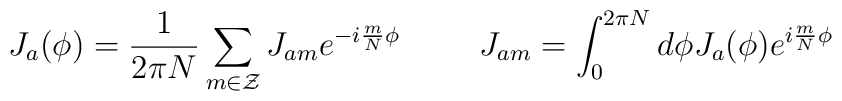
J_a(\phi)=\frac{1}{2\pi N}\sum_{m\in \cal{Z}}J_{am}e^{-i\frac{m}{N}\phi}\hspace{10mm}J_{am}=\int_0^{2\pi N}d\phi J_a(\phi)e^{i\frac{m}{N}\phi}